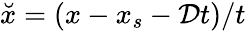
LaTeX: \breve{x}=(x-x_{s}-\mathcal{D}t)/t